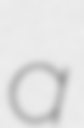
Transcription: a